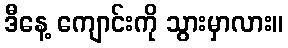
ဒီနေ့ ကျောင်းကို သွားမှာလား။